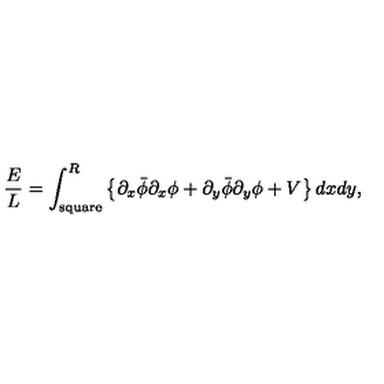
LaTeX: \frac { E } { L } = \int _ { \mathrm { { s q u a r e } } } ^ { R } \left\{ \partial _ { x } \bar { \phi } \partial _ { x } \phi + \partial _ { y } \bar { \phi } \partial _ { y } \phi + V \right\} d x d y ,